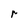
Character: r